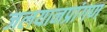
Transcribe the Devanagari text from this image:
जलयानप्रांगण